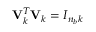
\mathbf { V } _ { k } ^ { T } \mathbf { V } _ { k } = I _ { n _ { b } k }